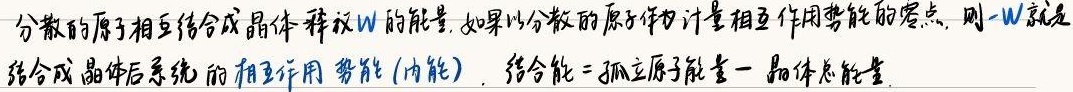
分散的原子相互结合成晶体释放\(W\)的能量。如果以分散的原子作为计量相互作用势能的零点，则\(-W\)就是结合成晶体后系统的相互作用势能（内能）。结合能 = 孤立原子能量 - 晶体总能量。